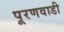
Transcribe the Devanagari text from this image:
पूरणवाडी